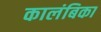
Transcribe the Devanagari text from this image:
कालंबिका